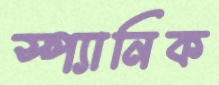
স্প্যানিক